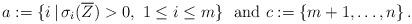
LaTeX: \begin{align*}a:=\{i \,|\,\sigma_{i}(\overline{Z})>0,\ 1\le i\le m\} \ \ {\rm and} \ c:=\{m+1,\ldots,n\}\,.\end{align*}